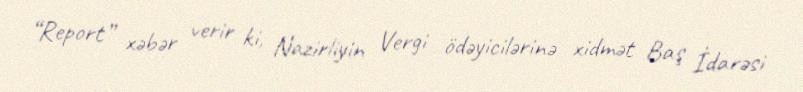
“Report” xəbər verir ki, Nazirliyin Vergi ödəyicilərinə xidmət Baş İdarəsi